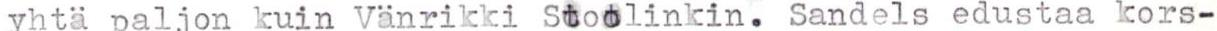
yhta paljon kuin Vänrikki Stoolinkin. Sandels edustaa kors-